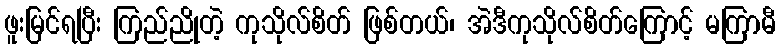
ဖူးမြင်ရပြီး ကြည်ညိုတဲ့ ကုသိုလ်စိတ် ဖြစ်တယ်၊ အဲဒီကုသိုလ်စိတ်ကြောင့် မကြာမီ